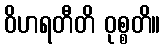
ဝိဟရတီတိ ဝုစ္စတိ။